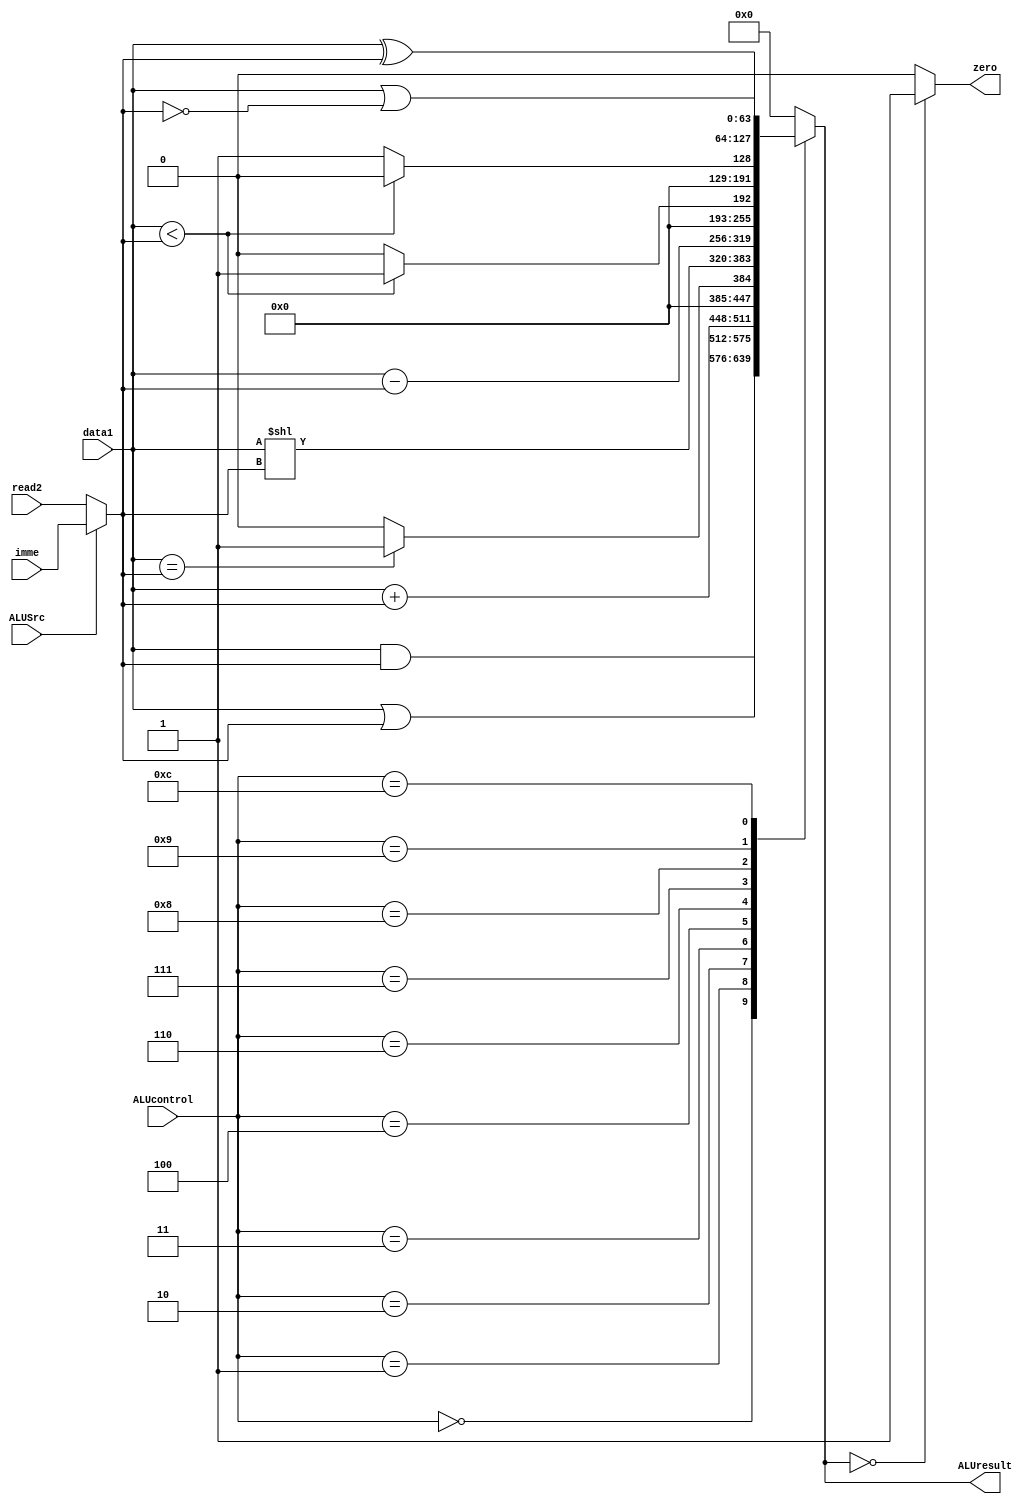
`timescale 1ns / 1ps

module alu(
  input ALUSrc,
  input [3:0] ALUcontrol,
  input [63:0] data1,
  input [63:0] read2,
  input [63:0] imme,
  output reg zero,
  output reg [63:0] ALUresult
);

  reg [63:0] data2;
  
  always @(*) begin
    if (ALUSrc == 0) begin
      data2 = read2;
    end else begin
      data2 = imme;
    end
  end

  always @(*) begin
    case (ALUcontrol)
      4'b0000: // AND
        ALUresult = data1 & data2;
      4'b0001: // OR  
        ALUresult = data1 | data2;
      4'b0010: // ADD
        ALUresult = data1 + data2;
      4'b0011: // NEQ
        ALUresult = (data1 == data2) ? 1 : 0;
      4'b0100: // SLL
        ALUresult = data1 << data2;
      4'b0110: // SUB
        ALUresult = data1 - data2;
      4'b0111: // SLT
        ALUresult = (data1 < data2) ? 1 : 0;
      4'b1000: // SGE
        ALUresult = (data1 < data2) ? 0 : 1;
      4'b1001: // XOR
        ALUresult = data1 ^ data2;
      4'b1100: // NOR
        ALUresult = data1 |~ data2;
      default:
        ALUresult = 64'b0;
    endcase

    if (ALUresult == 0) begin
      zero = 1;
    end else begin
      zero = 0;
    end

    // $display("ALUSrc: 0x%H", ALUSrc);
    // $display("ALUcontrol: 0x%H", ALUcontrol);
    // $display("data1: 0x%H", data1);
    // $display("data2: 0x%H", data2);
    // $display("ALUresult: 0x%H", ALUresult);
    // $display("Zero: 0x%H", zero);
  end

endmodule